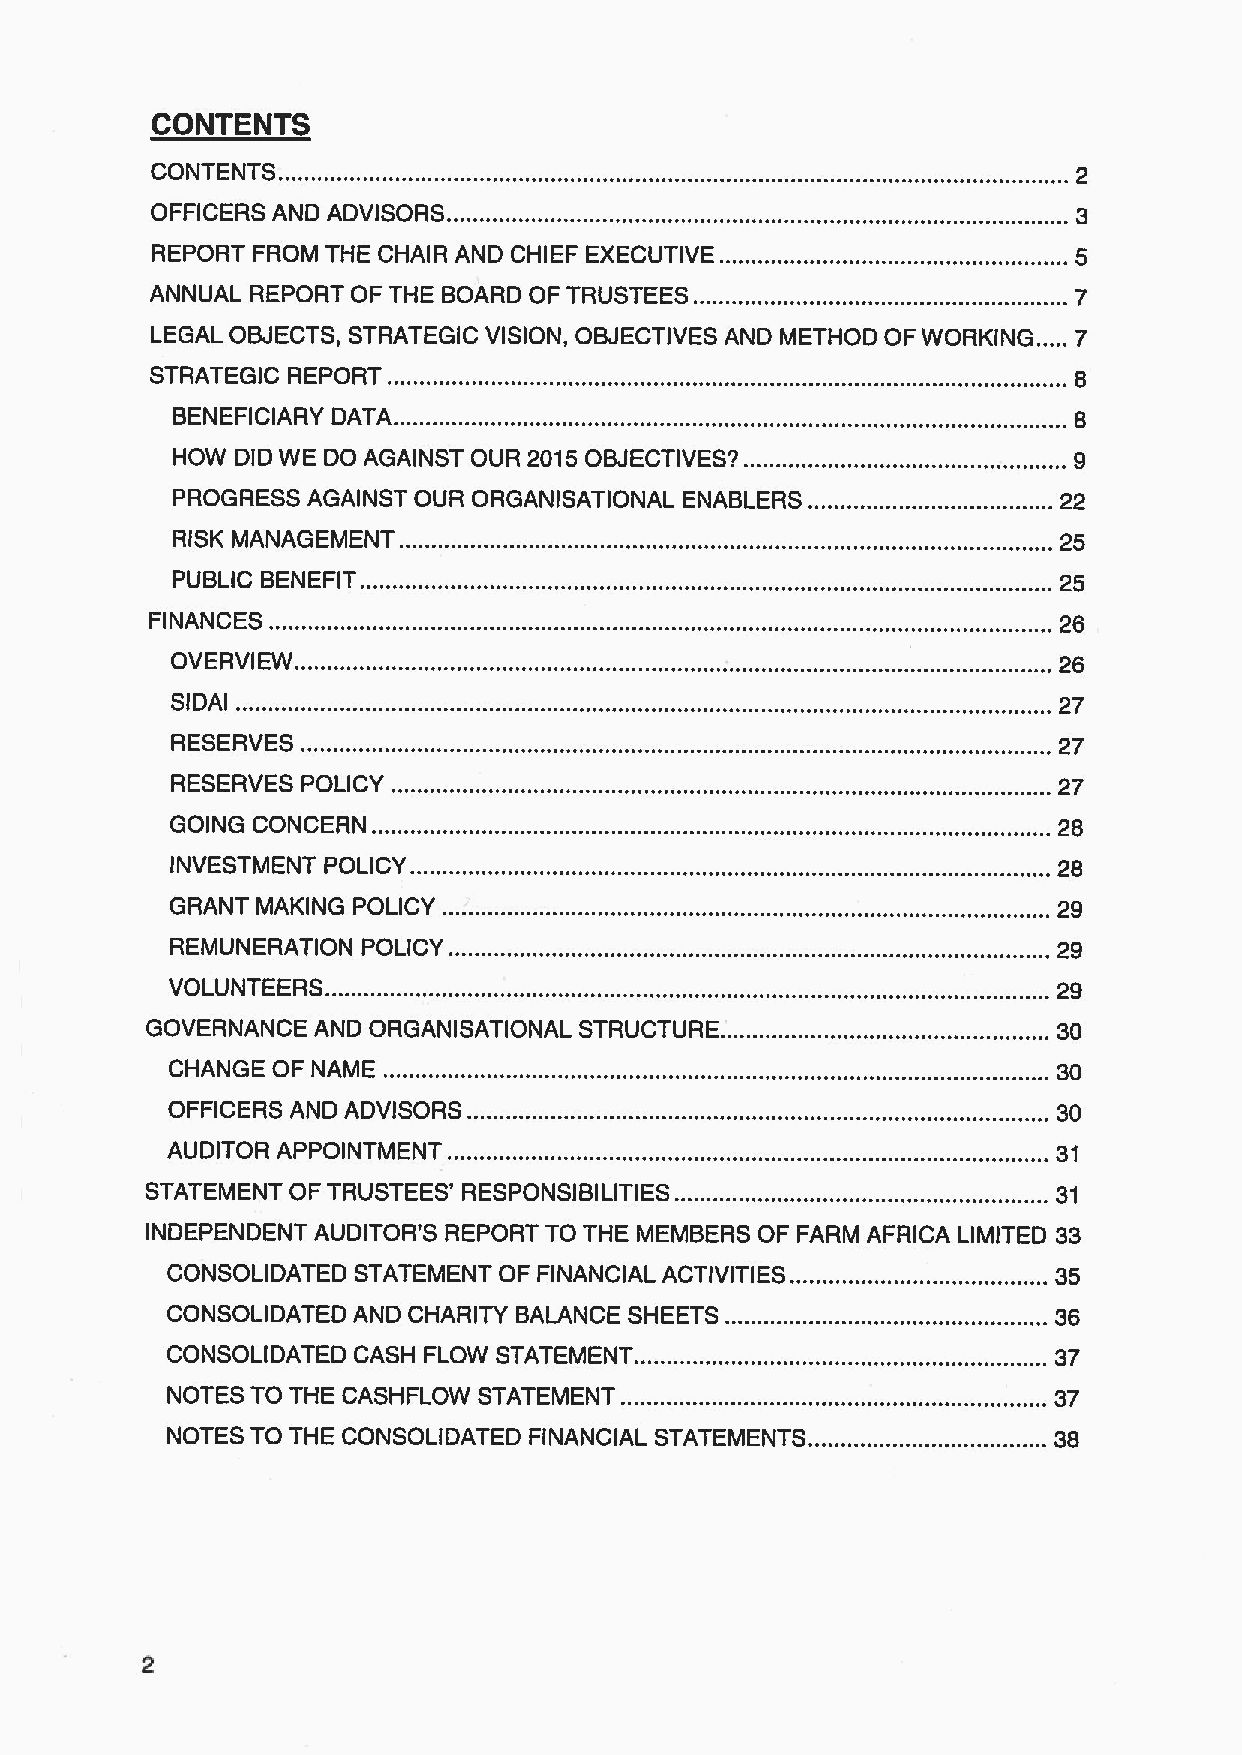
CONTENTS
 CONTENTS.
 OFFICERS AND ADVISORS.
 REPORT FROM THE CHAIR AND CHIEF EXECUTIVE
 ANNUAL REPORT OF THE BOARD OF TRUSTEES ..
 LEGAL OBJECTS, STRATEGIC VISION, OBJECTIVES AND METHOD OF WORKING .....7
 STRATEGIC REPORT.                                 . ........................8
 BENEFICIARY DATA.
 HOW  DID WE DO AGAINST OUR 2015OBJECTIVES?.
 PROGRESS AGAINST OUR ORGANISATIONAL ENABLERS.              22
 RISK MANAGEMENT.                                          ...25
 PUBLIC BENEFIT.                                           ...25
 FINANCES                                                    26
 OVERVIEW..
 26
 SIDAI                                                      27
 RESERVES.                                                  27
 RESERVES POLICY                                            27
 GOING CONCERN.                                           ...28
 INVESTMENT POLICY.                                       ...28
 GRANT MAKING POLICY                                        29
 REMUNERATION POLICY.                                     ...29
 VOLUNTEERS.                                              ...29
 GOVERNANCE AND ORGANISATIONAL STRUCTURE.                  ...30
 CHANGE OF NAME                                           ...30
 OFFICERS AND ADVISORS.                                   ...30
 AUDITOR APPOINTMENT.                                       31
 STATEMENT OF TRUSTEES' RESPONSIBILITIES.                  ...31
 INDEPENDENT AUDITOR'S REPORT TO THE MEMBERS OF FARM AFRICA LIMITED 33
 CONSOLIDATED STATEMENT OF FINANCIAL ACTIVITIES .....     ...35
 CONSOLIDATED AND CHARITY BALANCE SHEETS                 .....36
 CONSOLIDATED CASH FLOW STATEMENT. .............................. ....37
 NOTES TO THE CASHFLOW STATEMENT                         .....37
 NOTES TO THE CONSOLIDATED FINANCIAL STATEMENTS. .....   .....38